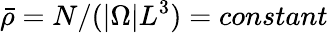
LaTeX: \bar{\rho}=N/(|\Omega|L^{3})=constant